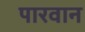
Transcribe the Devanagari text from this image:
पारवान